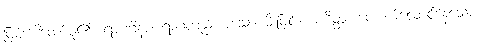
ဖြစ်ပေါ်တော်မူ၏။ ရာဂဂ္ဂိနာ၊ ရာဂတည်းဟူသော မီးဖြင့်။ အာဒိတ္တံ၊ တောက်လောင်နေသော။